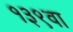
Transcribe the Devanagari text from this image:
१३९वा